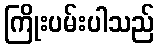
ကြိုးပမ်းပါသည်